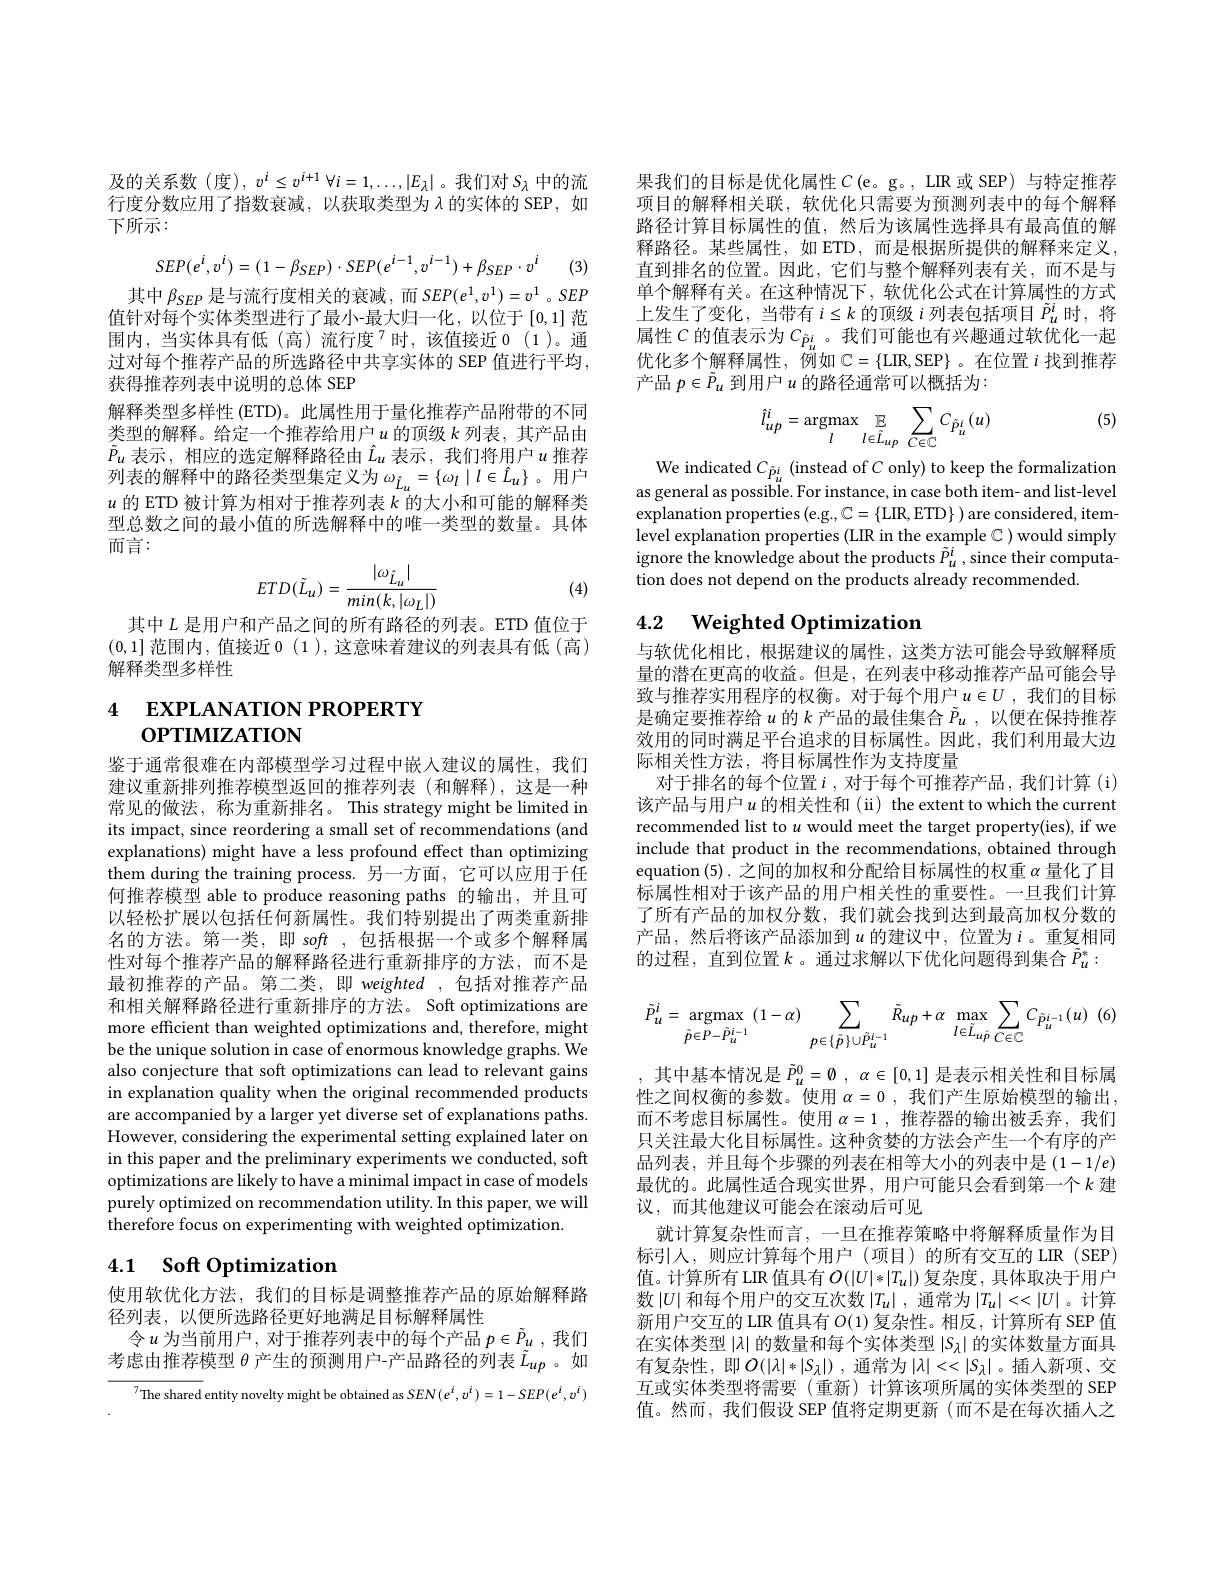
行度分数应用了指数衰减，以获取类型为$\lambda$的实体的 SEP,如下所示：
$$SEP(e^i,v^i)=(1-\beta_{SEP})\cdot SEP(e^{i-1},v^{i-1})+\beta_{SEP}\cdot v^i$$
(3)

其中$\beta_{SEP}$是与流行度相关的衰减，而$SEP(e^1,v^1)=v^1$ 。SEP 值针对每个实体类型进行了最小-最大归一化，以位于[0,1]范围内，当实体具有低(高)流行度$^{7}$时，该值接近0(1)。通过对每个推荐产品的所选路径中共享实体的 SEP 值进行平均， 获得推荐列表中说明的总体 SEP
解释类型多样性 (ETD)。此属性用于量化推荐产品附带的不同类型的解释。给定一个推荐给用户$u$的顶级$k$列表，其产品由$\tilde{P}_u$表示 ,相应的选定解释路径由$\hat{L}_u$表示 ,我们将用户$u$推荐列表的解释中的路径类型集定义为$\omega_{\hat{L}u}=\{\omega_l\mid l\in\hat{L}_u\}$ 。用户$u$的 ETD 被计算为相对于推荐列表$k$的大小和可能的解释类型总数之间的最小值的所选解释中的唯一类型的数量。具体而言：
$$ETD(\tilde{L}_u)=\frac{|\omega_{\hat{L}_u}|}{min(k,|\omega_L|)}$$
(4)

其中$L$是用户和产品之间的所有路径的列表。ETD 值位于(0,1]范围内，值接近0(1),这意味着建议的列表具有低(高) 解释类型多样性

# 4 EXPLANATION PROPERTY OPTIMIZATION

鉴于通常很难在内部模型学习过程中嵌入建议的属性，我们建议重新排列推荐模型返回的推荐列表(和解释),这是一种常见的做法，称为重新排名。This strategy might be limited in its impact, since reordering a small set of recommendations (and explanations) might have a less profound effect than optimizing them during the training process. 另一方面，它可以应用于任何推荐模型 able to produce reasoning paths 的输出，并且可以轻松扩展以包括任何新属性。我们特别提出了两类重新排名的方法。第一类，即 soft ,包括根据一个或多个解释属性对每个推荐产品的解释路径进行重新排序的方法，而不是最初推荐的产品。第二类，即 weighted ,包括对推荐产品和相关解释路径进行重新排序的方法。Soft optimizations are more efficient than weighted optimizations and, therefore, might be the unique solution in case of enormous knowledge graphs. We also conjecture that soft optimizations can lead to relevant gains in explanation quality when the original recommended products are accompanied by a larger yet diverse set of explanations paths. However, considering the experimental setting explained later on in this paper and the preliminary experiments we conducted, soft optimizations are likely to have a minimal impact in case of models purely optimized on recommendation utility. In this paper, we will therefore focus on experimenting with weighted optimization.

## 4.1 Soft Optimization

使用软优化方法，我们的目标是调整推荐产品的原始解释路
径列表，以便所选路径更好地满足目标解释属性
令$u$为当前用户，对于推荐列表中的每个产品$p\in\tilde{P}_u$,我们考虑由推荐模型$\theta$产生的预测用户-产品路径的列表$\tilde{L}_{up}$ 。如

$^{7}$The shared entity novelty might be obtained as $SEN(e^i,v^i)=1-SEP(e^i,v^i)$

果我们的目标是优化属性$C\left(\mathrm{e}\text{。g。,LIR 或 SEP)与特定推荐}\right)$ 项目的解释相关联，软优化只需要为预测列表中的每个解释路径计算目标属性的值，然后为该属性选择具有最高值的解释路径。某些属性，如 ETD,而是根据所提供的解释来定义， 直到排名的位置。因此，它们与整个解释列表有关，而不是与单个解释有关。在这种情况下，软优化公式在计算属性的方式上发生了变化，当带有$i\leq k$ 的顶级$i$ 列表包括项目 $\tilde{P}_u^i$ 时，将属性$C$ 的值表示为$C_{\tilde{p}_u^i}$。我们可能也有兴趣通过软优化一起优化多个解释属性，例如$\mathbb{C}=\{$LIR,SEP$\}$。在位置$i$ 找到推荐产品$p\in\tilde{P}_u$到用户$u$的路径通常可以概括为：

(5)
$$\hat{l}_{up}^{i}=\underset{l}{\mathrm{argmax}}\underset{l}{\mathbb{E}}\sum_{l\in\tilde{L}_{up}}\sum_{C\in\mathbb{C}}C_{\tilde{P}_{u}^{i}}(u)$$
We indicated $C_{\tilde{p}_u^i}$ (instead of $C$ only) to keep the formalization as general as possible. For instance, in case both item- and list-level explanation properties (e.g., C={LIR,ETD}) are considered, itemlevel explanation properties (LIR in the example $\mathbb{C}$ ) would simply $\hat{\text{ignore the knowledge about the products }\tilde{P}}_{u}^{i}$,since their computation does not depend on the products already recommended.

# 4.2 Weighted Optimization

与软优化相比，根据建议的属性，这类方法可能会导致解释质量的潜在更高的收益。但是，在列表中移动推荐产品可能会导致与推荐实用程序的权衡。对于每个用户$u\in U$ ,我们的目标是确定要推荐给$u$ 的$k$产品的最佳集合 $\tilde{P}_u$, 以便在保持推荐效用的同时满足平台追求的目标属性。因此，我们利用最大边际相关性方法，将目标属性作为支持度量
对于排名的每个位置$i$,对于每个可推荐产品，我们计算(i) 该产品与用户$u$ 的相关性和 (ii) the extent to which the current recommended list to $u$ would meet the target property(ies), if we include that product in the recommendations, obtained through equation (5).之间的加权和分配给目标属性的权重$\alpha$量化了目标属性相对于该产品的用户相关性的重要性。一旦我们计算了所有产品的加权分数，我们就会找到达到最高加权分数的产品，然后将该产品添加到$u$ 的建议中，位置为$i$。重复相同的过程，直到位置$k$。通过求解以下优化问题得到集合$\tilde{P}_u^*:$
$$\tilde{P}_{u}^{i}=\underset{\tilde{p}\in P-\tilde{P}_{u}^{i-1}}{\mathrm{argmax}}(1-\alpha)\sum_{p\in\{\tilde{p}\}\cup\tilde{P}_{u}^{i-1}}\tilde{R}_{up}+\alpha\max_{l\in\tilde{L}_{u\tilde{P}}}\sum_{C\in\mathbb{C}}C_{\tilde{P}_{u}^{i-1}}(u)\:(6)$$
,其中基本情况是$\tilde{P}_u^0=\emptyset,\alpha\in[0,1]$是表示相关性和目标属性之间权衡的参数。使用 $\alpha=0$, 我们产生原始模型的输出， 而不考虑目标属性。使用$\alpha=1$,推荐器的输出被丢弃，我们只关注最大化目标属性。这种贪婪的方法会产生一个有序的产品列表，并且每个步骤的列表在相等大小的列表中是$(1-1/e)$ 最优的。此属性适合现实世界，用户可能只会看到第一个$k$ 建议，而其他建议可能会在滚动后可见
就计算复杂性而言，一旦在推荐策略中将解释质量作为目标引人，则应计算每个用户(项目)的所有交互的 LIR (SEP) 值。计算所有 LIR 值具有$O(|U|*|T_u|)$复杂度 , 具体取决于用户数$\left|U\right|$和每个用户的交互次数$\left|T_u\right|$,通常为$\left|T_u\right|<<\left|U\right|$。计算新用户交互的 LIR 值具有$O(1)$复杂性。相反，计算所有 SEP 值在实体类型$|\lambda|$的数量和每个实体类型$|S_\lambda|$的实体数量方面具有复杂性，即$O(|\lambda|*|S_\lambda|)$,通常为$|\lambda|<<|S_\lambda|$。插入新项、交互或实体类型将需要(重新)计算该项所属的实体类型的 SEP 值。然而，我们假设 SEP 值将定期更新 (而不是在每次插人之